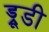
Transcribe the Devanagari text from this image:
ड्रूडी